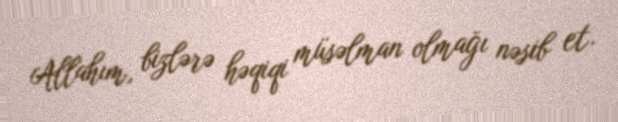
Allahım, bizlərə həqiqi müsəlman olmağı nəsib et.